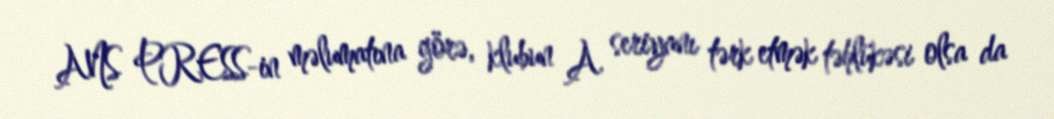
ANS PRESS-in məlumatına görə, klubun A seriyanı tərk etmək təhlükəsi olsa da